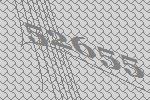
52655